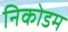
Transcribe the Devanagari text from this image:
निकोडम